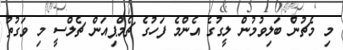
މި މެޗުން ބަލިވުމުން ލީގުގެ އެންމެ ފަހުގެ ޗެމްޕިއަން ޗެލްސީ މި ވަގުތު